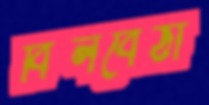
বিলবৈঠা